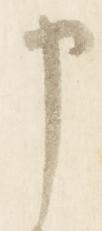
申